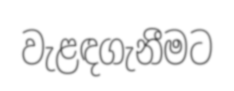
වැළඳගැනීමට